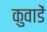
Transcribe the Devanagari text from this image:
कुवाडें